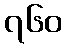
၇၆၀